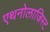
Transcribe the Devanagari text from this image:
एथनोलाजिस्ट